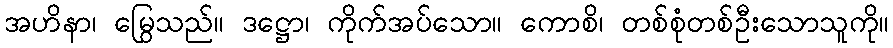
အဟိနာ၊ မြွေသည်။ ဒဋ္ဌော၊ ကိုက်အပ်သော။ ကောစိ၊ တစ်စုံတစ်ဦးသောသူကို။